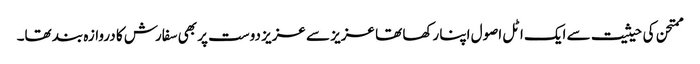
ممتحن کی حیثیت سے ایک اٹل اصول اپنا رکھا تھا عزیز سے عزیز دوست پر بھی سفارش کا دروازہ بند تھا۔